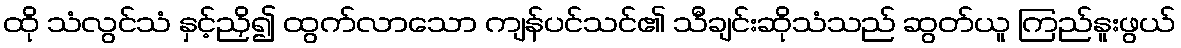
ထို သံလွင်သံ နှင့်ညှိ၍ ထွက်လာသော ကျန်ပင်သင်၏ သီချင်းဆိုသံသည် ဆွတ်ယူ ကြည်နူးဖွယ်